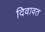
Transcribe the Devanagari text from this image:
दिवावत